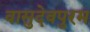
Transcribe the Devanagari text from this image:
वासुदेवपुरम